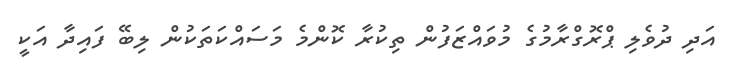
އަދި ދުވެލި ޕްރޮގްރާމުގެ މުވައްޒަފުން ތިކުރާ ކޮންމެ މަސައްކަތަކުން ލިބޭ ފައިދާ އަކީ